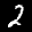
Label: 2